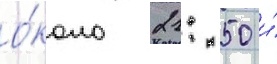
о́коло 21: 50 и́